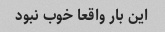
این بار واقعا خوب نبود